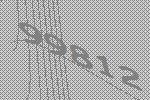
99812